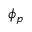
\phi _ { p }